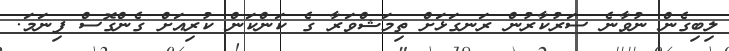
ލިބިގެން ނުވާނެ ސަރުކާރުން ރަނގަޅަށް ތިމަޝްވަރާ ގެ ކަންކަން ކުރިއަށް ގެންގޮސް ފިނަމަ.